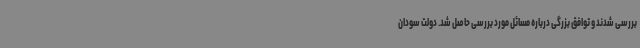
بررسی شدند و توافق بزرگی درباره مسائل مورد بررسی حاصل شد. دولت سودان